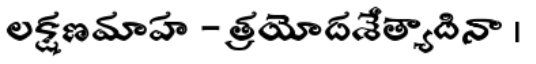
లక్షణమాహ - త్రయోదశేత్యాదినా ।